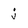
Character: j